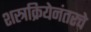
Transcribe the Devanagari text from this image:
शस्त्रक्रियेनंतरचे